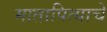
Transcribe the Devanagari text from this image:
मातापित्याचे